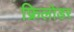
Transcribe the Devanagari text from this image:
फ्रिलोडर